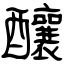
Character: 釀